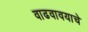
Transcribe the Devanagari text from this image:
वाढवावयाचे